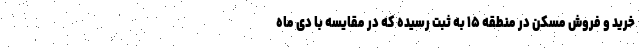
خرید و فروش مسکن در منطقه ۱۵ به ثبت رسیده که در مقایسه با دی ماه